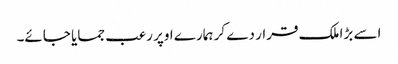
اسے بڑا ملک قرار دے کر ہمارے اوپر رعب جمایا جائے۔